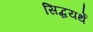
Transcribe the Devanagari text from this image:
सिद्धयर्थे